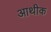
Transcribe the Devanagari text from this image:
आथीक